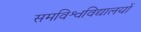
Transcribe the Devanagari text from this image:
समविश्वविद्यालयों